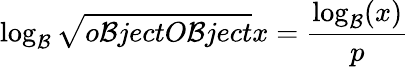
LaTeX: \log_{\mathcal{B}}{\sqrt{{{o\mathcal{B}jectO\mathcal{B}ject}}}{{x}}}={\frac{{\log_{\mathcal{B}}(x)}}{{p}}}